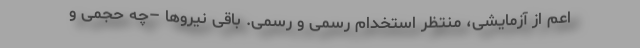
اعم از آزمایشی، منتظر استخدام رسمی و رسمی. باقی نیروها –چه حجمی و